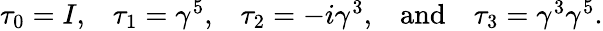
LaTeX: \begin{array}{ccccc}{{\tau_{0}=I,}}&{{\tau_{1}=\gamma^{5},}}&{{\tau_{2}=-i\gamma^{3},}}&{{\mathrm{and}}}&{{\tau_{3}=\gamma^{3}\gamma^{5}.}}\end{array}